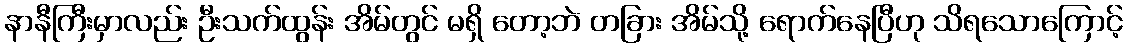
နာနီကြီးမှာလည်း ဦးသက်ထွန်း အိမ်တွင် မရှိ တော့ဘဲ တခြား အိမ်သို့ ရောက်နေပြီဟု သိရသောကြောင့်